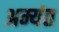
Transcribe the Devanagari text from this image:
अम्यंत